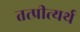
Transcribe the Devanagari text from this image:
तत्प्रीत्यर्थ